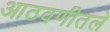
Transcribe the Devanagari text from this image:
आठवणीतले